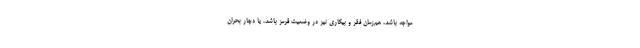
مواجه باشد، هم‌زمان فقر و بیکاری نیز در وضعیت قرمز باشد، یا دچار بحران